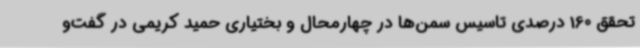
تحقق 160 درصدی تاسیس سمن‌ها در چهارمحال و بختیاری حمید کریمی در گفت‌و